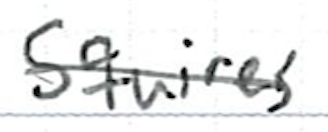
Text: Squires
Cross-out: single-line
Writing tool: ballpoint